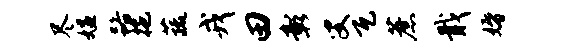
尽媪路拖蔬戎田彰叟瓦蔗戢婚